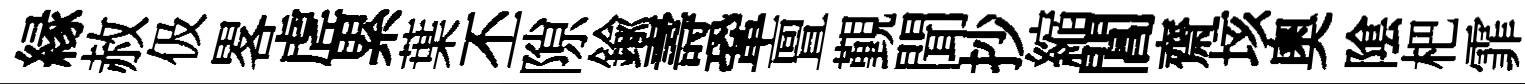
縁赦伋畧虗累葉丕隙鍮壽鞏亶覲聞抄縮閶齋垓奧隂杷霏